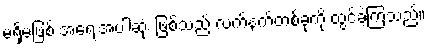
မရှိမဖြစ် အရေးအပါဆုံး ဖြစ်သည့် လက်နက်တစ်ခုကို ထွင်ခဲ့ကြသည်။